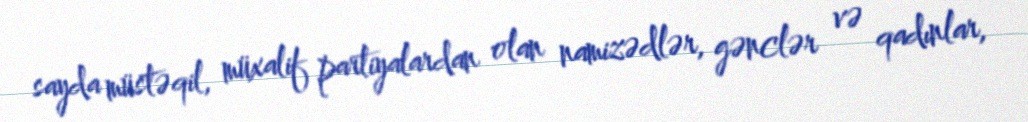
sayda müstəqil, müxalif partiyalardan olan namizədlər, gənclər və qadınlar,